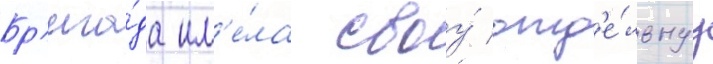
Бр'ига́да им'е́ла своу́ отд'е́льнуу